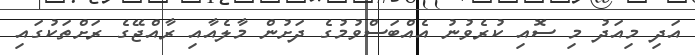
އަދި މިއަދު މި ސޮއި ކުރެވުނު އެއްބަސްވުމުގެ ދަށުން މާލެއާއި ރާއްޖޭގެ ރަށްތަކުގައި